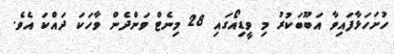
ހުށަހަޅާފައިވާ އަބޫބަކުރު މި ވީޑިއޯގައި 28 މިނެޓް ވަންދެން ވާހަކަ ދައްކަ އެވެ.